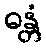
ဓန္တံ